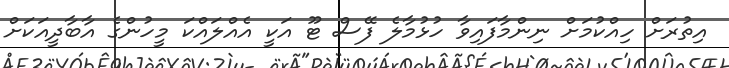
އިތުރަށް ހިއްކުމަށް ނިންމާފައިވާ ހުޅުމާލެ ފޭސް ޓޫ އަކީ އެއްލައްކަ މީހުންގެ އާބާދީއަކަށް